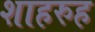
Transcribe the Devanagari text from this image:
शाहरुह